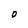
Character: D